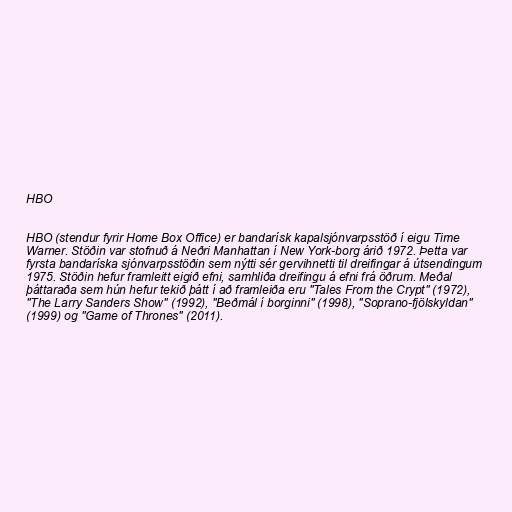
HBO

HBO (stendur fyrir Home Box Office) er bandarísk kapalsjónvarpsstöð í eigu Time
Warner. Stöðin var stofnuð á Neðri Manhattan í New York-borg árið 1972. Þetta var
fyrsta bandaríska sjónvarpsstöðin sem nýtti sér gervihnetti til dreifingar á útsendingum
1975. Stöðin hefur framleitt eigið efni, samhliða dreifingu á efni frá öðrum. Meðal
þáttaraða sem hún hefur tekið þátt í að framleiða eru "Tales From the Crypt" (1972),
"The Larry Sanders Show" (1992), "Beðmál í borginni" (1998), "Soprano-fjölskyldan"
(1999) og "Game of Thrones" (2011).